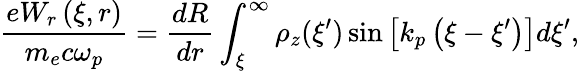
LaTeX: \frac{eW_{r}\left(\xi,r\right)}{m_{e}c\omega_{p}}=\frac{dR}{dr}\int_{\xi}^{\infty}\rho_{z}(\xi^{\prime})\sin\left[k_{p}\left(\xi-\xi^{\prime}\right)\right]d\xi^{\prime},